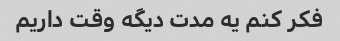
فکر کنم یه مدت دیگه وقت داریم